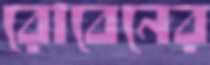
রোবেনের